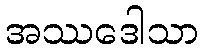
အဿဒေါသာ